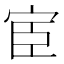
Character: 宦